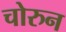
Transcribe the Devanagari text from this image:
चोरुन